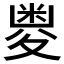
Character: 𱘥